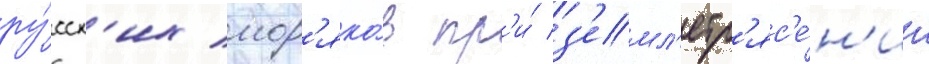
ру́сск'их мор'яко́в пр'и́ з'емл'етр'яс'е́н'ии